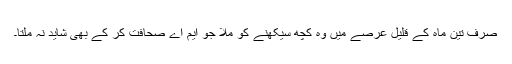
صرف تین ماہ کے قلیل عرصے میں وہ کچھ سیکھنے کو ملا جو ایم اے صحافت کر کے بھی شاید نہ ملتا۔